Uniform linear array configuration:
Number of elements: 8
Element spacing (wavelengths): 1
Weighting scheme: blackman
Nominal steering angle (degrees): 30
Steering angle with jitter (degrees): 31.251
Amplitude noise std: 0.05
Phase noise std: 0.05

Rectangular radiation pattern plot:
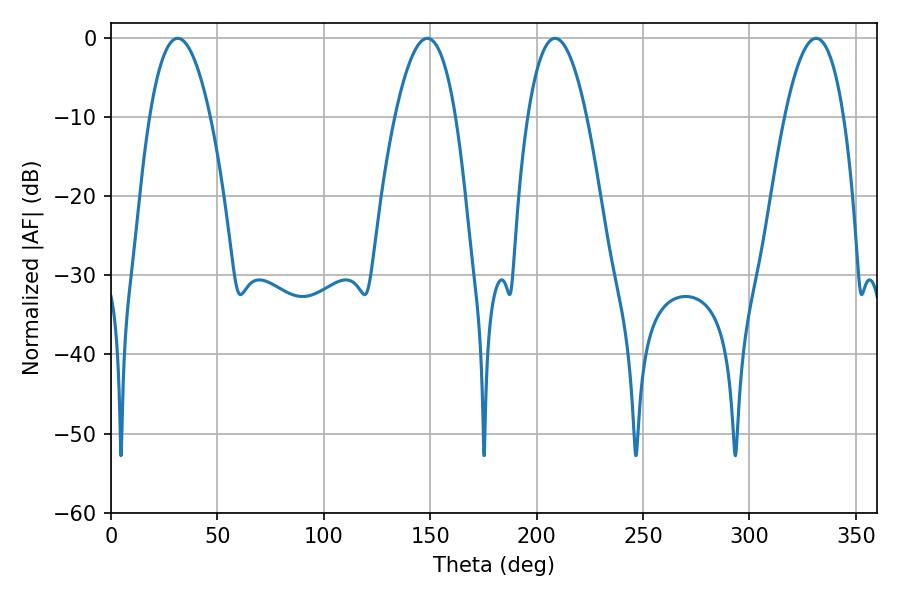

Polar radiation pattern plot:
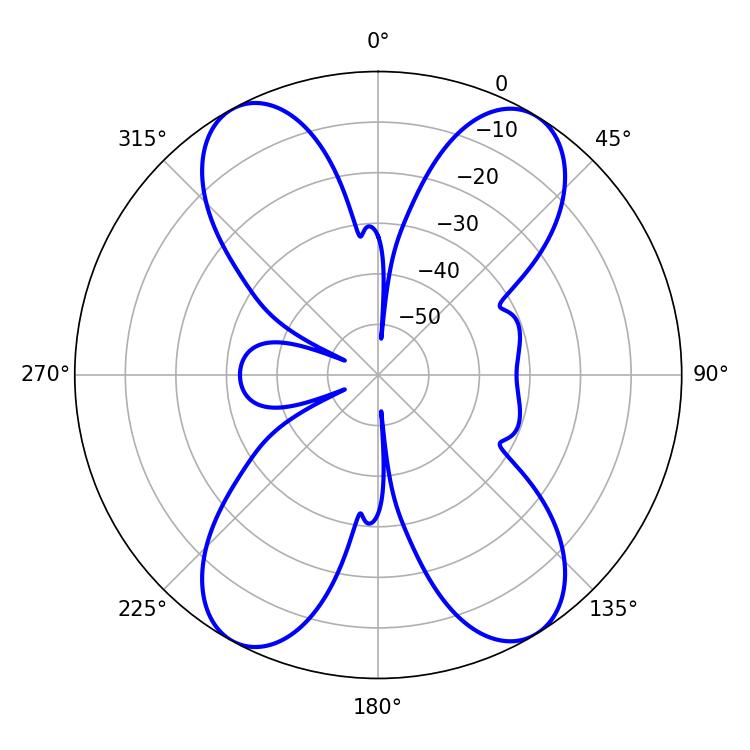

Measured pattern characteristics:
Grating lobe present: TRUE
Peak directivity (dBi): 17.99
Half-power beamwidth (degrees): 15.84
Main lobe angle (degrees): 31.32